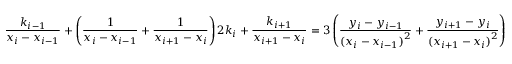
{ \frac { k _ { i - 1 } } { x _ { i } - x _ { i - 1 } } } + \left( { \frac { 1 } { x _ { i } - x _ { i - 1 } } } + { \frac { 1 } { x _ { i + 1 } - x _ { i } } } \right) 2 k _ { i } + { \frac { k _ { i + 1 } } { x _ { i + 1 } - x _ { i } } } = 3 \left( { \frac { y _ { i } - y _ { i - 1 } } { { ( x _ { i } - x _ { i - 1 } ) } ^ { 2 } } } + { \frac { y _ { i + 1 } - y _ { i } } { { ( x _ { i + 1 } - x _ { i } ) } ^ { 2 } } } \right)